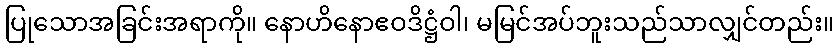
ပြုသောအခြင်းအရာကို။ နောဟိနောဧဝဒိဋ္ဌံဝါ၊ မမြင်အပ်ဘူးသည်သာလျှင်တည်း။